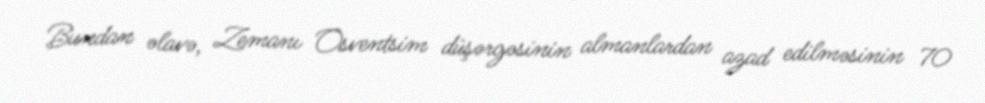
Bundan əlavə, Zemanı Osventsim düşərgəsinin almanlardan azad edilməsinin 70